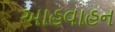
આહવાહન